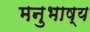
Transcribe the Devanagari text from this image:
मनुभाष्य